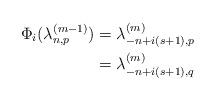
LaTeX: \begin{align*}\Phi_i(\lambda_{n, p}^{(m-1)}) &= \lambda_{-n+i(s+1), p}^{(m)} \\&= \lambda_{-n+i(s+1), q}^{(m)}\end{align*}